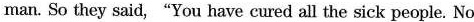
man. So they said,"You have cured all the sick people. No